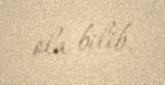
ola bilib.